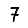
Digit: 7